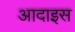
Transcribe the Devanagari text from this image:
आदाइस